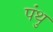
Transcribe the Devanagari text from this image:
पंथु